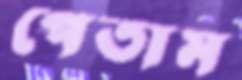
পেতাম